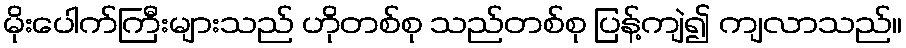
မိုးပေါက်ကြီးများသည် ဟိုတစ်စု သည်တစ်စု ပြန့်ကျဲ၍ ကျလာသည်။